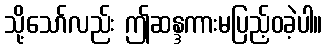
သို့သော်လည်း ဤဆန္ဒကားမပြည့်ဝခဲ့ပါ။